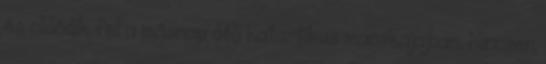
és oldódik fel a másnap déli katartikus macskajajban. Nincsen